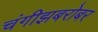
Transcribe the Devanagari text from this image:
चंगीझबरोबर